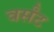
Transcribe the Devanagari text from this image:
वर्संट